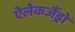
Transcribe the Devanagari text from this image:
ऐलेकजैंड्रो